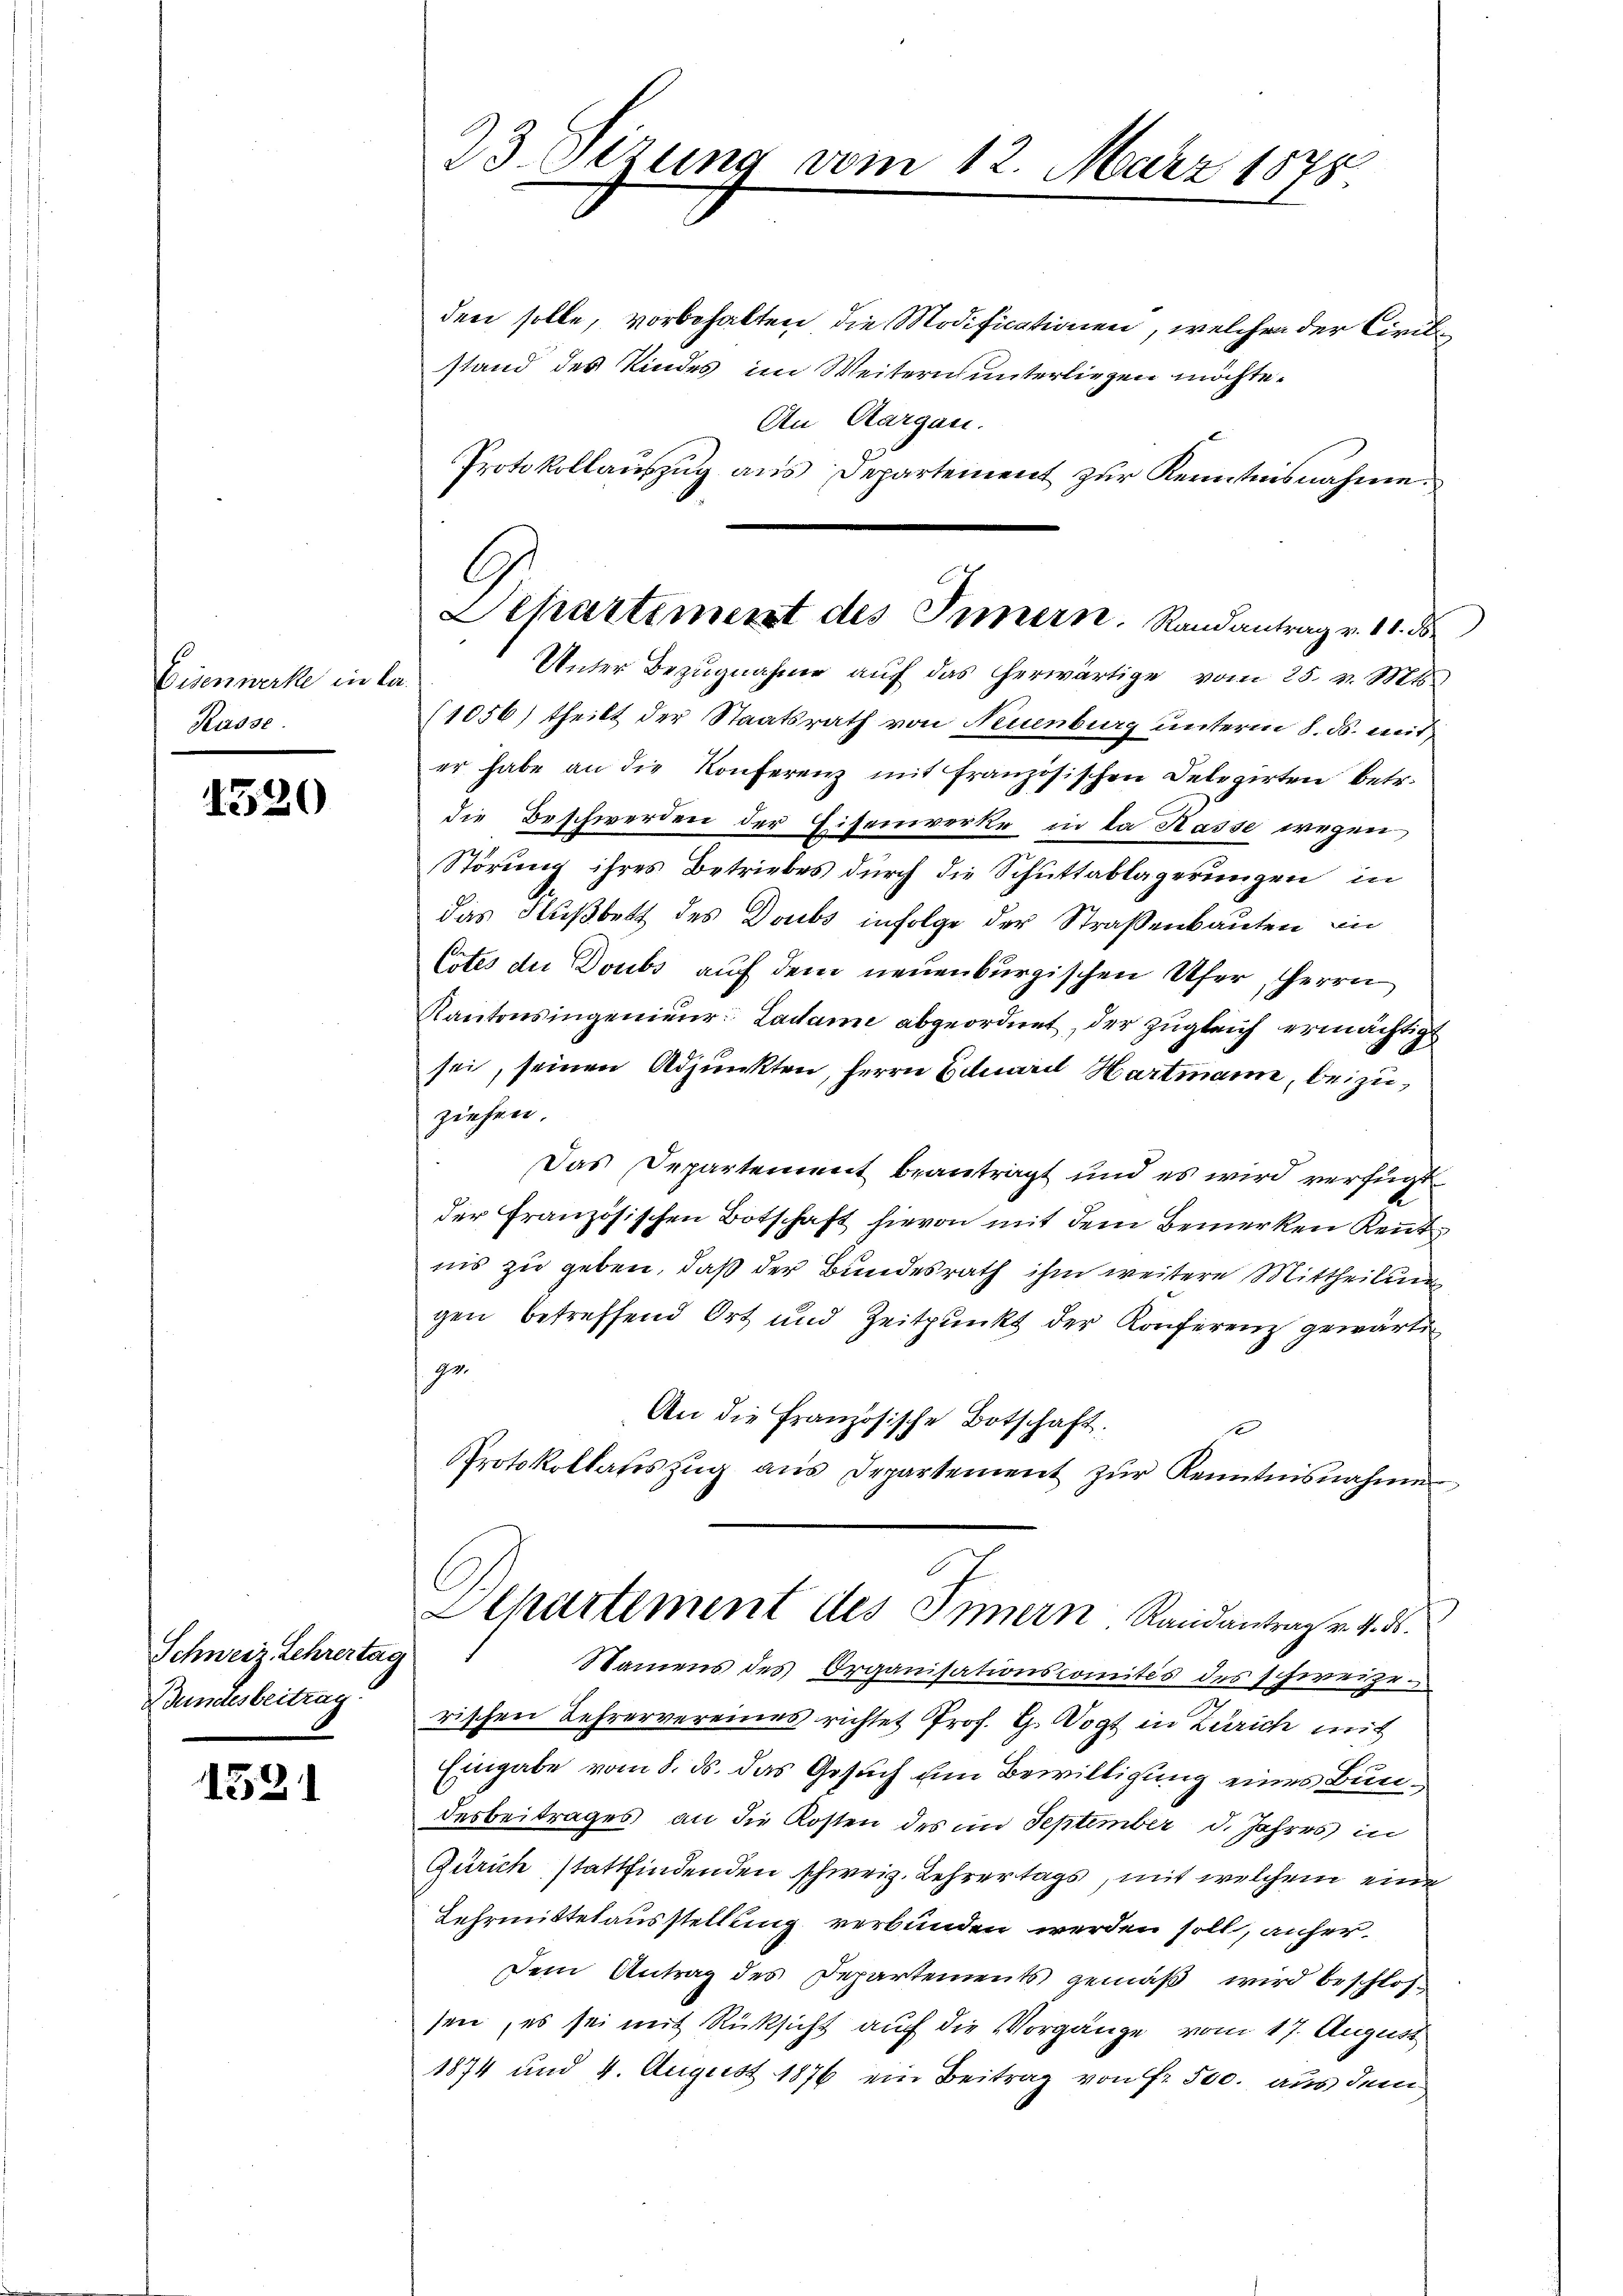
Eisenwerke in la
Rasse.

1520

Schweiz. Lehrertag
Bundesbeitrag

1521

33. Sizung vom 12. März 1878

den solle, vorbehalten die Modificationen, welchen der Circkstand des Kindes im Weitern unterliegen möchte.
An Aargau.
(1056) theilt der Staatsrath von Neuenburg unterm 8. ds. mit
er habe an die Konferenz mit französischen Delegirten betr.
die Beschwerden der Eisenwerke in da Kasse wegen,
Störung ihres Betriebes durch die Schuttablagerungen, in
das Flußbett des Doubs infolge der Straßenbauten in
Eites de Doubs auf dem neuenburgischen Ufer, Herrn
Kantonsingenieur Ladame abgeordnet, der zugleich ermächtigt
sei, seinen Adjunkten, Herrn Beluarel Hartmann, beizuziehen.
Das Departement beantragt und es wird verfügt
der Französischen Botschaft hievon mit dem Bemerken Reut
nis zu geben, daß der Bundesrath ihm weitere Mittheilung
gen betreffend Ort und Zeitpunkt der Konferenz gewärti
ge
An die Französische Botschaft
PProtokollatiszŭg aŭs Departement zŭr Kenntnisnahmen
Echartement des Innern Randantrag v. 4. ds.
Namens des Organisationscomités des schweizen
rischen Lehrervereines richtet Prof. G. Vogt in Zürich mit
Eingabe vom 8. ds. das Gesuch um Bewilligung eines Bundesbeitrages, an die Kosten des im September d. Jahres in
Zürich stattfindenden schweiz. Lehrertags, mit welchem eine
Lehrmittelausstellung verbunden werden soll, anher¬
Dem Antrag des Departements gemäß wird beschlossen, es sei mit Rüksicht auf die Vorgänge vom 17. August
1874 und 4. August 1876 ein Beitrag von Fr. 500. aus dem

Protokollauszug aus Departement zur Kenntnisnahme.
C
Departiment des Innern. Randantrag v. 11. ds.
Unter Bezugnahme auf das erwärtige vom 25. v. Mts.